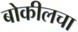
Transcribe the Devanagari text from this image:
बोकीलचा